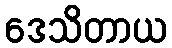
ဒေသိတာယ